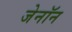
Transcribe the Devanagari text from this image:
जेनॉन